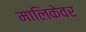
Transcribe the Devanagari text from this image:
मालिकेवर